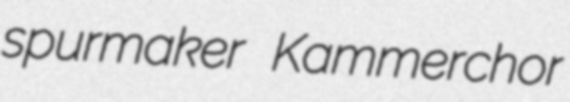
spurmaker Kammerchor